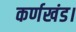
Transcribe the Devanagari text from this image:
कर्णखंड।